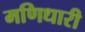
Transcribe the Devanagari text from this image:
मणिधारी